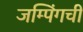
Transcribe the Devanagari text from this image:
जम्पिंगची